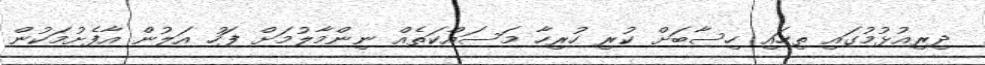
ދިރިއުޅުމުގައި ތިހައި ހިސާބަށް ކުރި ހުރިހާ މަސައްކަތެއް ނިންމާލުމަށް ފަހު އަލުން އާފެށުމަކުން